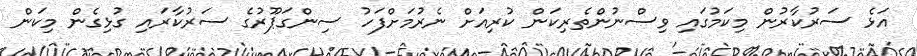
އަޅެ ސަރުކާރުން މިކަމުގައި ވިސްނުންތެރިކަން ކުރިއަށް ނެރުމަށްފަހު ސިންގަޕޫރުގެ ސަރުކާރައި ގުޅިގެން މިކަން